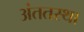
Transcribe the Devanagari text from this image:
अंततस्था